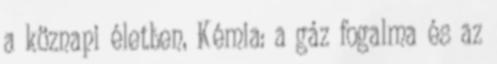
a köznapi életben, Kémia: a gáz fogalma és az